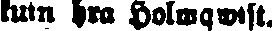
kuin hra Holmqwist.